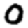
Digit: 0